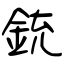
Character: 銃